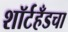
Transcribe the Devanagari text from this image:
शॉर्टहँडचा